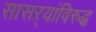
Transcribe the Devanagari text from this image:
सासऱ्यांविरुद्ध